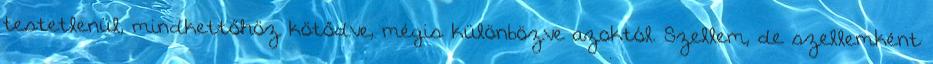
testetlenül, mindkettőhöz kötődve, mégis különbözve azoktól. Szellem, de szellemként